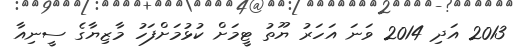
2013 އަދި 2014 ވަނަ އަހަރު ޔޫތު ޓީމަށް ކުޅުމަށްފަހު މާޒިޔާގެ ސީނިއާ